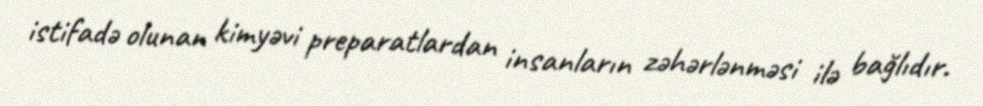
istifadə olunan kimyəvi preparatlardan insanların zəhərlənməsi ilə bağlıdır.